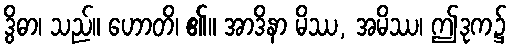
ဒွိဓာ၊ သည်။ ဟောတိ၊ ၏။ အာဒိနာ မိဿ, အမိဿ၊ ဤဒုက၌